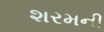
શરમની